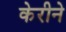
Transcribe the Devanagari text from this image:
केरीने